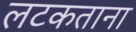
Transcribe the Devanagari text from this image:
लटकताना